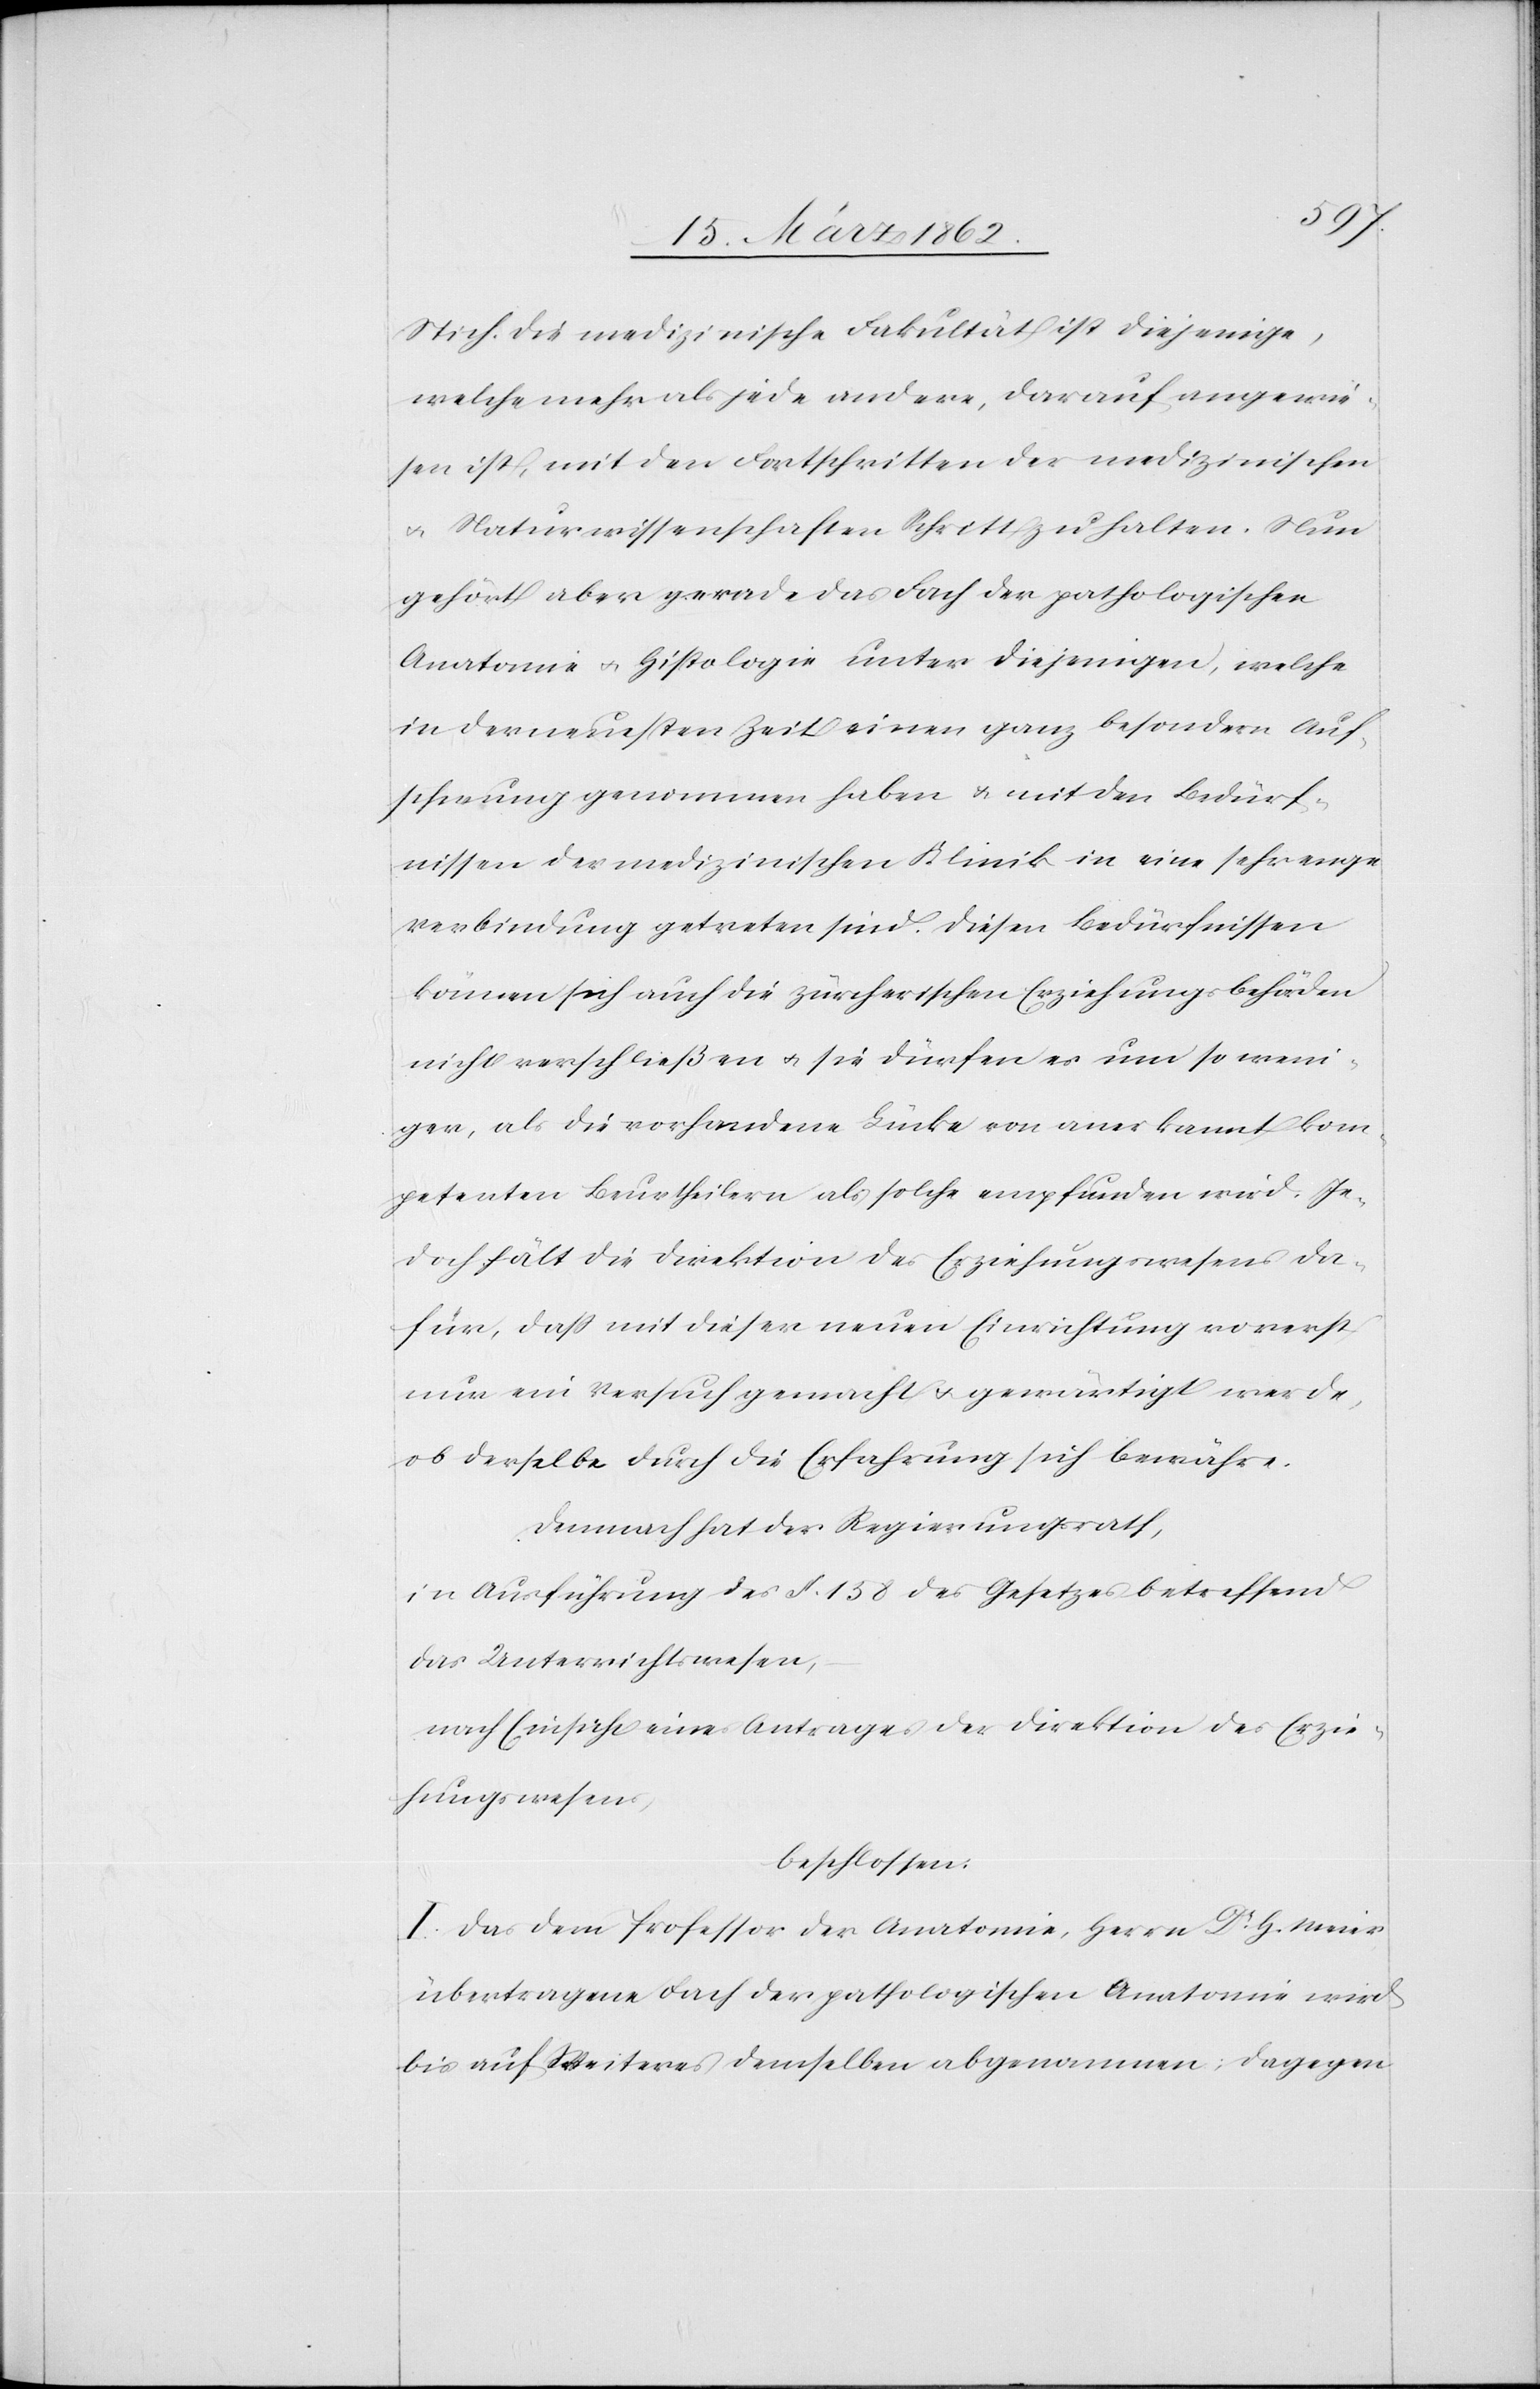
Stich. Die medizinische Fakultät ist diejenige,
welche mehr als jede andere, darauf angewie¬
sen ist, mit den Fortschritten der medizinischen
u. Naturwissenschaften Schritt zu halten. Nun
gehört aber gerade das Fach der pathologischen
Anatomie u. Histologie unter diejenigen, welche
in der neuesten Zeit einen ganz besondern Auf¬
schwung genommen haben u. mit den Bedürf¬
nissen der medizinischen Klinik in eine sehr enge
Verbindung getreten sind. Diesen Bedürfnissen
können sich auch die zürcherischen Erziehungsbehörden
nicht verschließen u. sie dürfen es um so weni¬
ger, als die vorhandene Lücke von anerkannt kom¬
petenten Beurtheilern als solche empfunden wird. Je¬
doch hält die Direktion des Erziehungswesens da¬
für, daß mit dieser neuen Einrichtung vorerst
nur ein Versuch gemacht u. gewärtigt werde,
ob derselbe durch die Erfahrung sich bewähre.
Demnach hat der Regierungsrath,
in Ausführung des §. 138 des Gesetzes betreffend
das Unterrichtswesen,
nach Einsicht eines Antrages der Direktion des Erzie¬
hungswesens,
beschlossen:
I. Das dem Professor der Anatomie, Herrn Dr. H. Meier
übertragene Fach der pathologischen Anatomie wird
bis auf Weiteres demselben abgenommen; dagegen